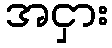
အငှား